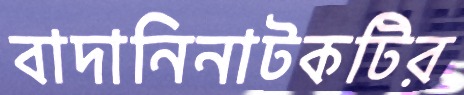
বাদানিনাটকটির